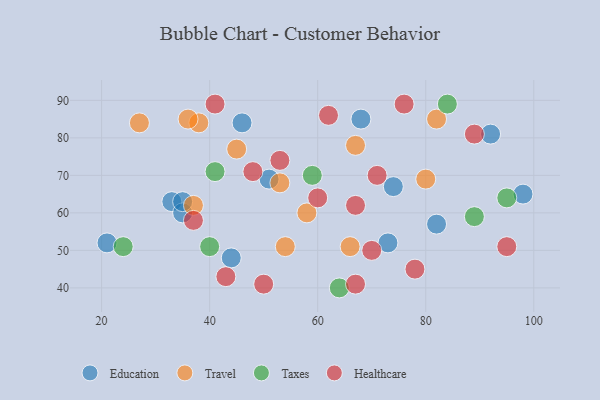
{"axis": {"x": "GDP", "y": "Life Expectancy"}, "legend": ["Education", "Healthcare", "Taxes", "Travel"], "data": [{"x": "68", "y": 85, "type": "Education"}, {"x": "44", "y": 48, "type": "Education"}, {"x": "98", "y": 65, "type": "Education"}, {"x": "33", "y": 63, "type": "Education"}, {"x": "21", "y": 52, "type": "Education"}, {"x": "92", "y": 81, "type": "Education"}, {"x": "35", "y": 60, "type": "Education"}, {"x": "74", "y": 67, "type": "Education"}, {"x": "73", "y": 52, "type": "Education"}, {"x": "51", "y": 69, "type": "Education"}, {"x": "46", "y": 84, "type": "Education"}, {"x": "82", "y": 57, "type": "Education"}, {"x": "35", "y": 63, "type": "Education"}, {"x": "58", "y": 60, "type": "Travel"}, {"x": "80", "y": 69, "type": "Travel"}, {"x": "38", "y": 84, "type": "Travel"}, {"x": "27", "y": 84, "type": "Travel"}, {"x": "37", "y": 62, "type": "Travel"}, {"x": "82", "y": 85, "type": "Travel"}, {"x": "36", "y": 85, "type": "Travel"}, {"x": "54", "y": 51, "type": "Travel"}, {"x": "66", "y": 51, "type": "Travel"}, {"x": "45", "y": 77, "type": "Travel"}, {"x": "67", "y": 78, "type": "Travel"}, {"x": "53", "y": 68, "type": "Travel"}, {"x": "41", "y": 71, "type": "Taxes"}, {"x": "59", "y": 70, "type": "Taxes"}, {"x": "95", "y": 64, "type": "Taxes"}, {"x": "64", "y": 40, "type": "Taxes"}, {"x": "84", "y": 89, "type": "Taxes"}, {"x": "40", "y": 51, "type": "Taxes"}, {"x": "24", "y": 51, "type": "Taxes"}, {"x": "89", "y": 59, "type": "Taxes"}, {"x": "53", "y": 74, "type": "Healthcare"}, {"x": "67", "y": 62, "type": "Healthcare"}, {"x": "43", "y": 43, "type": "Healthcare"}, {"x": "62", "y": 86, "type": "Healthcare"}, {"x": "41", "y": 89, "type": "Healthcare"}, {"x": "95", "y": 51, "type": "Healthcare"}, {"x": "70", "y": 50, "type": "Healthcare"}, {"x": "37", "y": 58, "type": "Healthcare"}, {"x": "48", "y": 71, "type": "Healthcare"}, {"x": "71", "y": 70, "type": "Healthcare"}, {"x": "67", "y": 41, "type": "Healthcare"}, {"x": "60", "y": 64, "type": "Healthcare"}, {"x": "89", "y": 81, "type": "Healthcare"}, {"x": "76", "y": 89, "type": "Healthcare"}, {"x": "78", "y": 45, "type": "Healthcare"}, {"x": "50", "y": 41, "type": "Healthcare"}]}